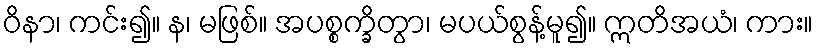
ဝိနာ၊ ကင်း၍။ န၊ မဖြစ်။ အပစ္စက္ခိတွာ၊ မပယ်စွန့်မူ၍။ ဣတိအယံ၊ ကား။